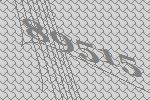
89515